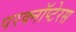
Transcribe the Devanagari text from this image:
परक्नॉप्टेरस